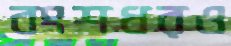
বংশধরও